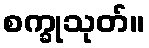
စက္ခုသုတ်။